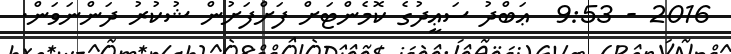
2016 - 9:53  ޢަބްދު ސަޢީދުގެ ކޮމެންޓަށް ފަށްފަށުން ޝުކުރު ދަންނަވަން.